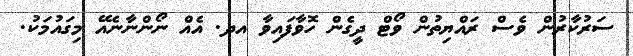
ސަރުކާރުން ވެސް ރައްޔިތުން ވޯޓް ދީގެން ހޮވާފައިވާ އދ. އެއް ނޯންނާނެއޭ މިގައުމަކު.